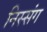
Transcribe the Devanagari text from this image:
निस्संग